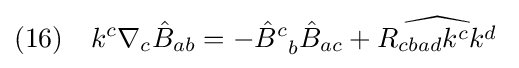
(16)\quad k^{c}\nabla _{c}{\hat {B}}_{ab}=-{\hat {B}}_{\;\;b}^{c}{\hat {B}}_{ac}+{\widehat {R_{cbad}k^{c}k^{d}}}\;